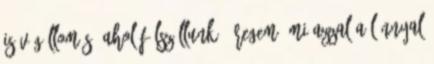
is végállomás, ahol fölszállunk. Öregem, mi azzal a lánnyal